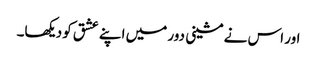
اور اس نے مشینی دور میں اپنے عشق کو دیکھا۔